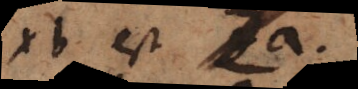
xb est a.